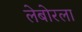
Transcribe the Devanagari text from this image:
लेबोरला